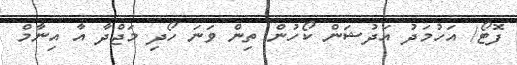
ފޮޓޯ/ އަހުމަދު އަދުޝަން ކޯހުން ތިން ވަނަ ހޯދި މަޖްދާ އާ އިނާމް